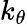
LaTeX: k_{\theta}